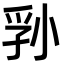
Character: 𪨁